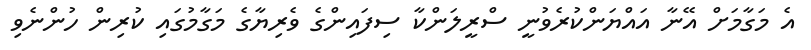
އެ މަގާމަށް އޭނާ އައްޔަންކުރެވުނީ ސްރީލަންކާ ސިފައިންގެ ވެރިޔާގެ މަގާމުގައި ކުރިން ހުންނެވި